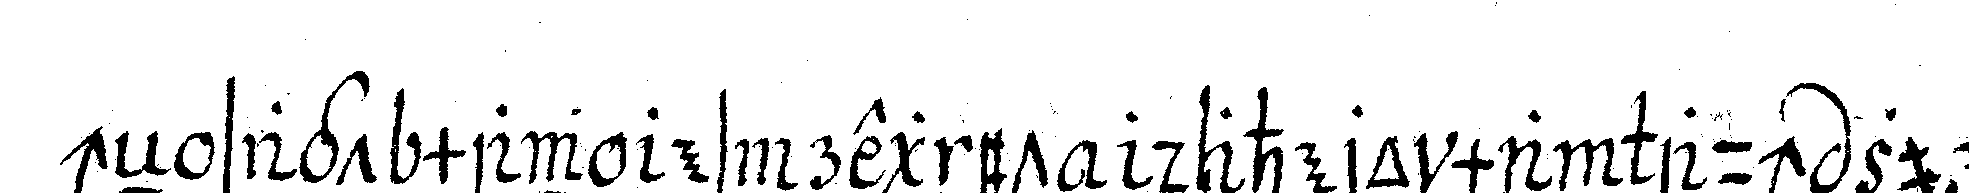
cheN sagt man es regnet dahero man auch zur